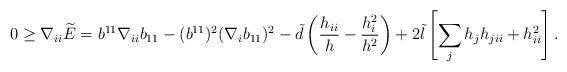
LaTeX: \begin{align*}0\geq \nabla_{ii}\widetilde{E}=b^{11}\nabla_{ii}b_{11}-(b^{11})^{2}(\nabla_{i}b_{11})^{2}-\tilde{d}\left(\frac{h_{ii}}{h}-\frac{h^{2}_{i}}{h^{2}}\right)+2\tilde{l}\left[\sum_{j}h_{j}h_{jii}+h^{2}_{ii}\right].\end{align*}